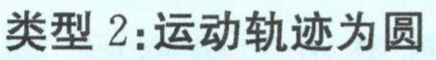
类型 2：运动轨迹为圆